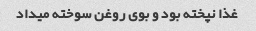
غذا نپخته بود و بوی روغن سوخته میداد